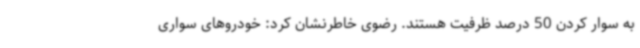
به سوار کردن 50 درصد ظرفیت هستند. رضوی خاطرنشان کرد: خودروهای سواری‌